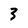
Character: 3